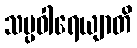
သမ္ပဝါရေယျာတိ